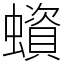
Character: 蠀